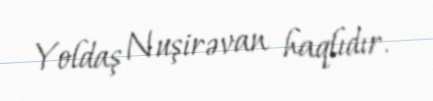
Yoldaş Nuşirəvan haqlıdır.